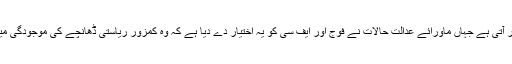
اس جیسی مزید گھمبیر صورت فاٹا اور بلوچستان میں نظر آتی ہے جہاں ماورائے عدالت حالات نے فوج اور ایف سی کو یہ اختیار دے دیا ہے کہ وہ کمزور ریاستی ڈھانچے کی موجودگی میں ریاست کی عملداری ممکن بنائیں اور قانون نافذ کریں ۔